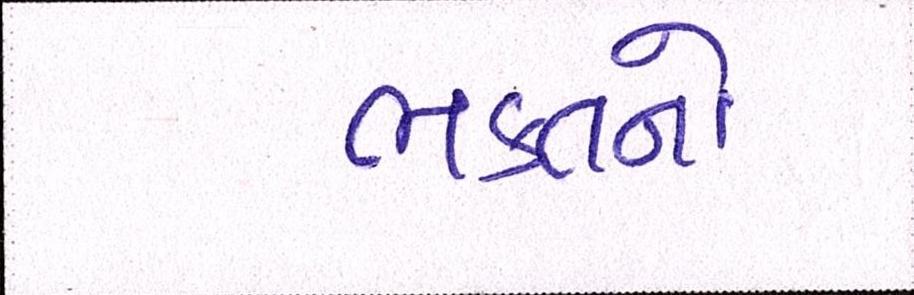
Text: ભક્તનો